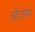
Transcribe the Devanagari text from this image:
स़ेउस